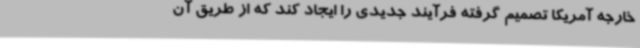
خارجه آمریکا تصمیم گرفته فرآیند جدیدی را ایجاد کند که از طریق آن